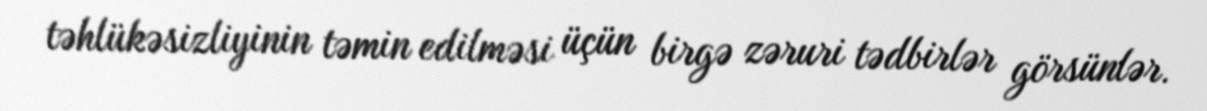
təhlükəsizliyinin təmin edilməsi üçün birgə zəruri tədbirlər görsünlər.